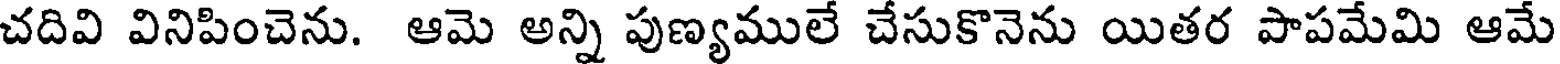
చదివి వినిపించెను. ఆమె అన్ని పుణ్యములే చేసుకొనెను యితర పాపమేమి ఆమే